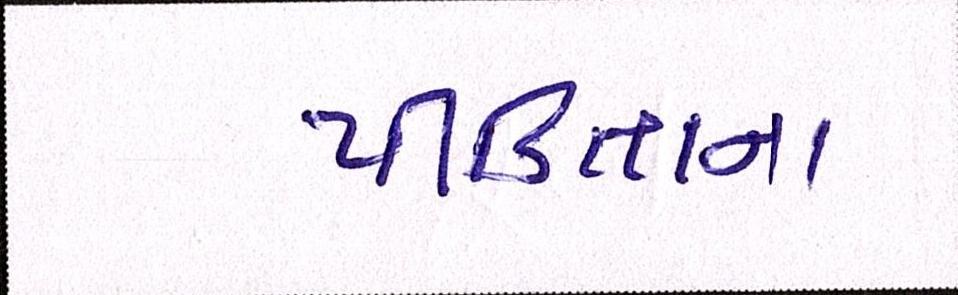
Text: પીડિતાના